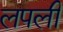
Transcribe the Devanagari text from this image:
लपली